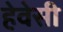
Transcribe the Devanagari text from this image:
हेवेसी